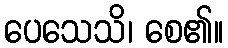
ပေသေသိ၊ စေ၏။